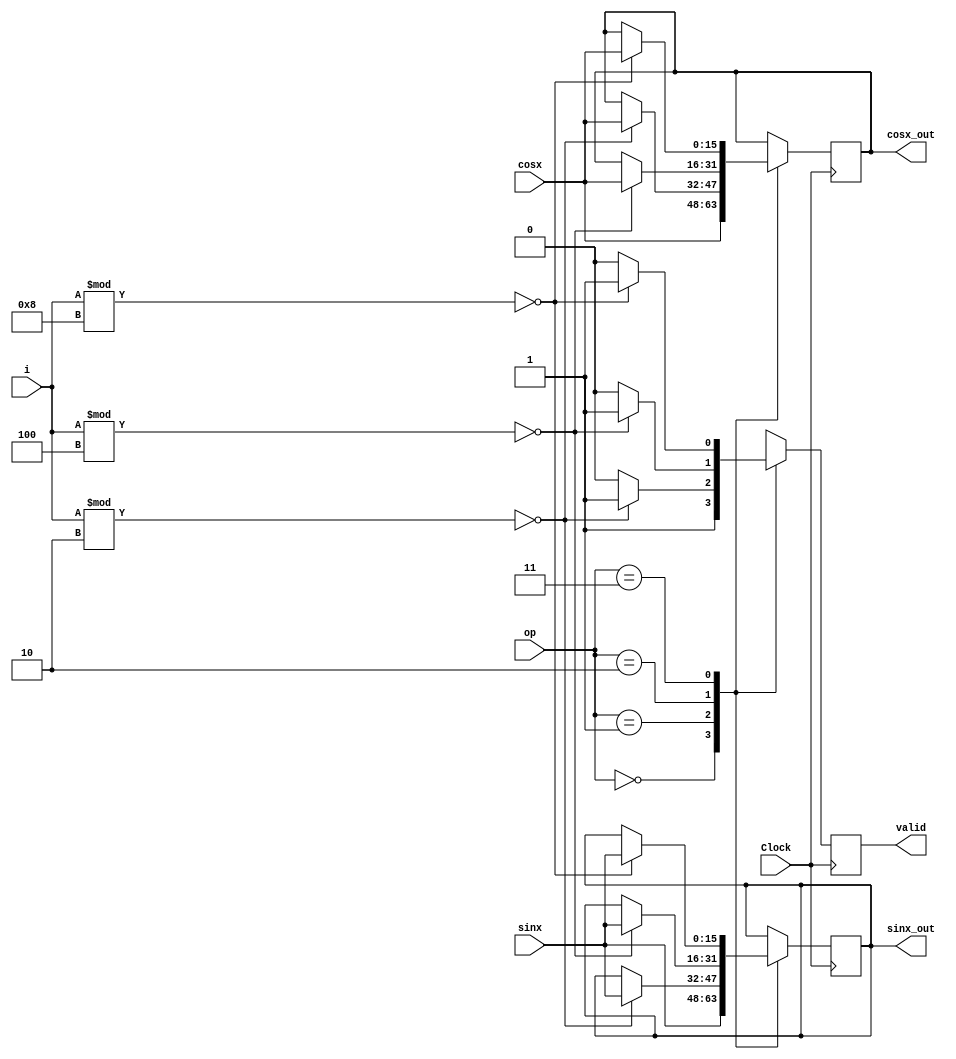
module Frequency (Clock , sinx , cosx , op , i , sinx_out , cosx_out , valid);
input Clock;
input signed [15:0] sinx ;
input signed [15:0] cosx ;
input [1:0] op;
input [10:0]i;
output reg signed [15:0] sinx_out ;
output reg signed [15:0] cosx_out ;
output reg valid;
always @(posedge Clock) begin
    case (op)
        2'b00:begin
            cosx_out <= cosx;
            sinx_out <= sinx;
            valid <= 1'b1;
        end 
        2'b01:begin
            if(i%2 == 0)begin
                valid <= 1'b1;
                sinx_out <= sinx;
                cosx_out <= cosx;
            end
            else begin
                valid <= 1'b0;
            end
        end
        2'b10:begin
             if(i%4 == 0)begin
                valid <= 1'b1;
                sinx_out <= sinx;
                cosx_out <= cosx;
            end
            else begin
                valid <= 1'b0;
            end
        end
        2'b11:begin
             if(i%8 == 0)begin
                valid <= 1'b1;
                sinx_out <= sinx;
                cosx_out <= cosx;
            end
            else begin
                valid <= 1'b0;
            end
        end
        
    endcase
end
    
endmodule